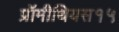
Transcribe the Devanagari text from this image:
प्रॉमीथियस१५